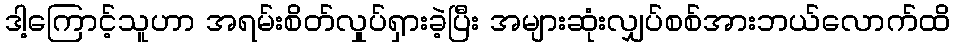
ဒါ့ကြောင့်သူဟာ အရမ်းစိတ်လှုပ်ရှားခဲ့ပြီး အများဆုံးလျှပ်စစ်အားဘယ်လောက်ထိ